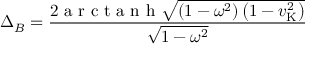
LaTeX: \Delta _ { B } = { \frac { 2 { \textrm { a r c t a n h } } { \sqrt { \left( 1 - \omega ^ { 2 } \right) \left( 1 - v _ { \mathrm { K } } ^ { 2 } \right) } } } { \sqrt { 1 - \omega ^ { 2 } } } }